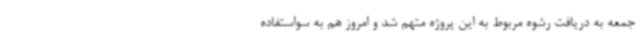
جمعه به دریافت رشوه مربوط به این پروژه متهم شد و امروز هم به سواستفاده